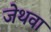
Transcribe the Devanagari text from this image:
जेथवा